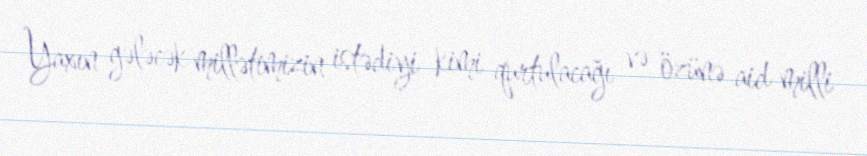
Yaxın gələcək millətimizin istədiyi kimi qurtulacağı və özünə aid milli